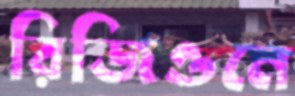
রিজিওনে